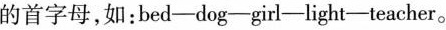
的首字母，如：bed-dog-girl-light-teacher。